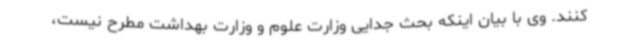
کنند. وی با بیان اینکه بحث جدایی وزارت علوم و وزارت بهداشت مطرح نیست،